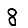
Digit: 8